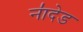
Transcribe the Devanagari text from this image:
ना॑देड